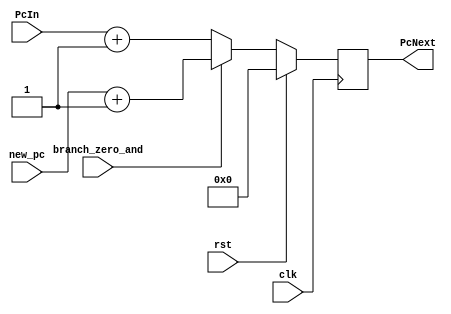
`timescale 1ns/1ns
module ProgramCounter(clk, rst, PcIn, new_pc, branch_zero_and,PcNext);

	input clk, rst, branch_zero_and;
	input [31:0] PcIn, new_pc;
	
	output reg [31:0] PcNext;
	
	always @(posedge clk) 
      begin
		if (rst == 1) 
		    PcNext = 0;
		else if (branch_zero_and) 
			PcNext = new_pc + 1;		    
		else 
		    PcNext = PcIn + 1; 

	end
endmodule